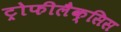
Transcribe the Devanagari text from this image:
ट्रोफीलैक्सिस